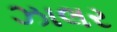
ઝાલર